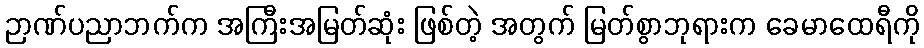
ဉာဏ်ပညာဘက်က အကြီးအမြတ်ဆုံး ဖြစ်တဲ့ အတွက် မြတ်စွာဘုရားက ခေမာထေရီကို